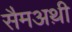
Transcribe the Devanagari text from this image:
सैमअथ़ी